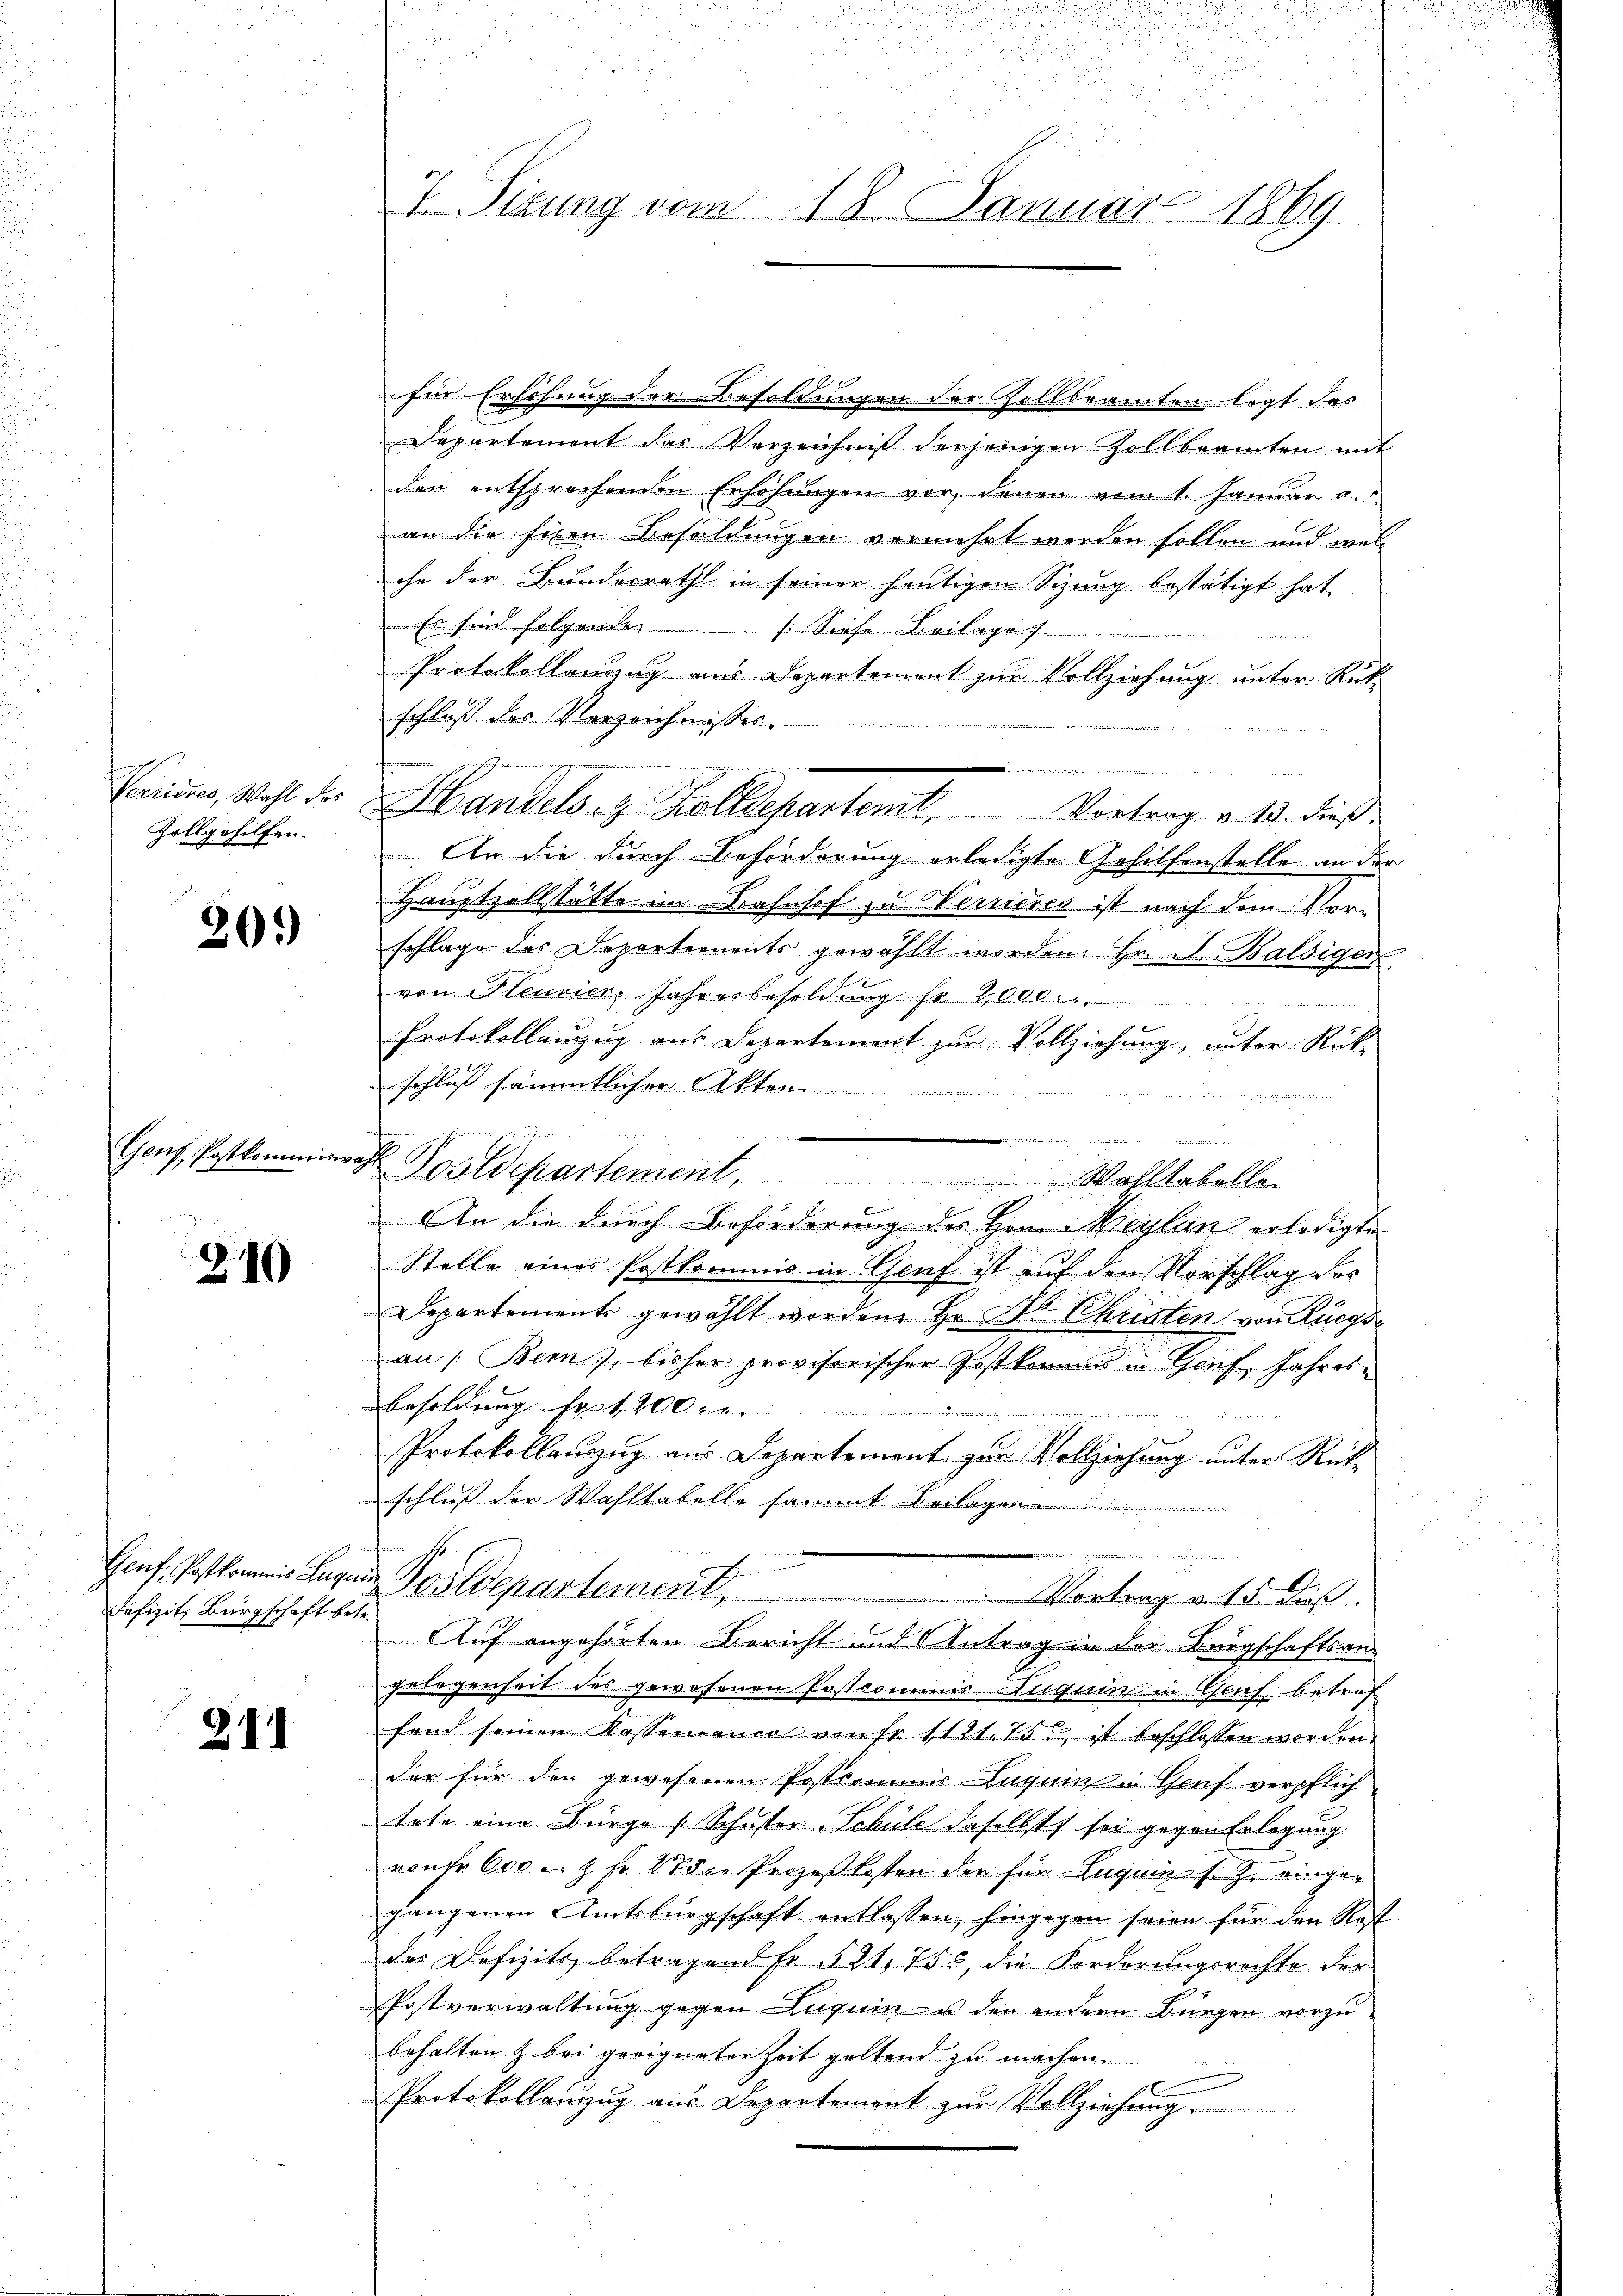
Zollgehilfen.

20.

210

Defizit. Bürgschaft betr.

211

x
für Erhöhung der Besoldungen der Zollbeamten legt das
Departement das Verzeichnis derjenigen Zollbeamten mit
den entsprechenden Erhöhungen vor, denen vom 1. Januar a.
an die fixen Besoldungen vermehrt werden sollen und wes
che der Bundesrath in seiner heutigen Sizung bestätigt hat.
 Es sind folgenden
si Sache Beilage f
Protokollanzug aus Departement zur Vollziehung unter Rük
schluß des Verzeichnisses.

s
Carius, Wohl des Handels- & Zolldepartent, Vortrag v. 13. dieß
 An die durch Beförderung erledigte Gehilfenstelle an der
Hauptzollstätte im Bahnhof zu Werneres ist nach dem Vorschlage des Departements gewählt worden. Hr. S. Balsiger
von Pleusier, Jahresbesoldung fr 2000
Protokollanzug aus Departement zur Vollziehung, unter Rück-
schluß sämmtlicher Akten

......
Genf, Postkommines Postdepartement, Walltabellei
An die durch Beförderung des Hrn. Maylan erledigte
Stelle eines Postkommis in Genf ist auf den Vorschlag des
Departement gewählt worden Hr. Al Christen von Rüegsan /: Bern, bisher provisorischer Postkommis in Geif, Jahres¬
Besoldung fort, 200 Fr.

Protokollauszug aus Departemont zur Vollziehung unter Rückschluß der Wahltabelle sammt Beilagen
.
Genf. Postkommnis Lage Postdepartement
Vortrag v. 15. dieß.
Auf angehörten Bericht und Antrag in der Bürgschaftsangelegenheit des gewesenen Postcomuns Augum in Gruf betref
fand seinen Kassemaner von fr 1121. 75. ist beschlossen worden.
der für den gewesenen Postcommis Luquin in Genf verpflich
tete eine Bürge (Schuster Schule daselbst sei gegen Erlegung
nonfr 600 u. fr. 4 die Prozeßkosten der für Luquin s. zu ringer
gangenen Amtsbürgschaft entlassen, hingegen seien für den Rest
des Defizits betragend Fr. 521. 753, die Forderungsrechte der
Postverwaltung gegen Luquin u den andern Bürgen vorzubehalten & bei geeigneten Zeit geltend zu machen.
1
Protokollanzug aus Departement zur Vollziehung

2
7. Sizung vom 18. Januar 1869.